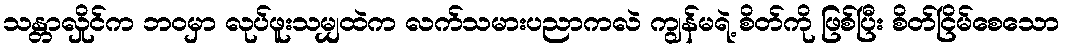
သန္တာလှိုင်က ဘဝမှာ လုပ်ဖူးသမျှထဲက လက်သမားပညာကလဲ ကျွန်မရဲ့ စိတ်ကို ဖြစ်ပြီး စိတ်ငြိမ်စေသော